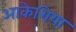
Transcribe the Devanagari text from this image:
आकेशिया